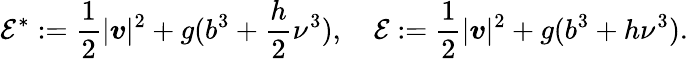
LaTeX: {\cal E}^{*}:=\frac{1}{2}|\boldsymbol{v}|^{2}+g(b^{3}+\frac{h}{2}\nu^{3}),\quad{\cal E}:=\frac{1}{2}|\boldsymbol{v}|^{2}+g(b^{3}+h\nu^{3}).